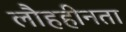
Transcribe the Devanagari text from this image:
लौहहीनता